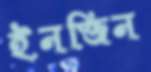
ইনজিন